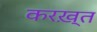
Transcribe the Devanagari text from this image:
करख़्त